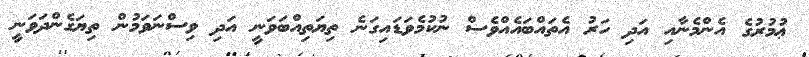
ޢުމުރުގެ އެންމެނާއި އަދި ހަރު އެތައްބައެއްވެސް ނުކުމެވަޑައިގަނެ ތިޔަތިއްބަވަނީ އަދި ވިސްނަވަމުން ތިޔަގެންދަވަނީ